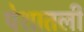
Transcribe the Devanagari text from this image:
पेशातली